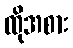
ထိုအစား